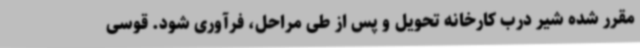
مقرر شده شیر درب کارخانه تحویل و پس از طی مراحل، فرآوری شود. قوسی